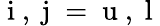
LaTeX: \mathrm{~i~},\mathrm{~j~}=\mathrm{~u~},\mathrm{~l~}